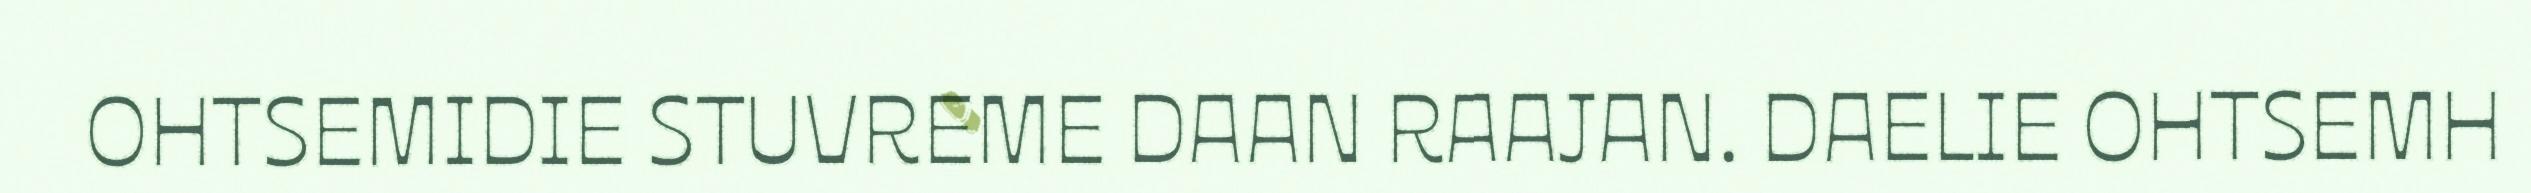
OHTSEMIDIE STUVREME DAAN RAAJAN. DAELIE OHTSEMH